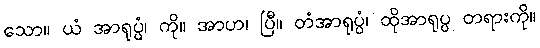
သော။ ယံ အာရုပ္ပံ၊ ကို။ အာဟ၊ ပြီ။ တံအာရုပ္ပံ၊ ထိုအာရုပ္ပ တရားကို။